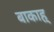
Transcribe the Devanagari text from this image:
बाकाह्